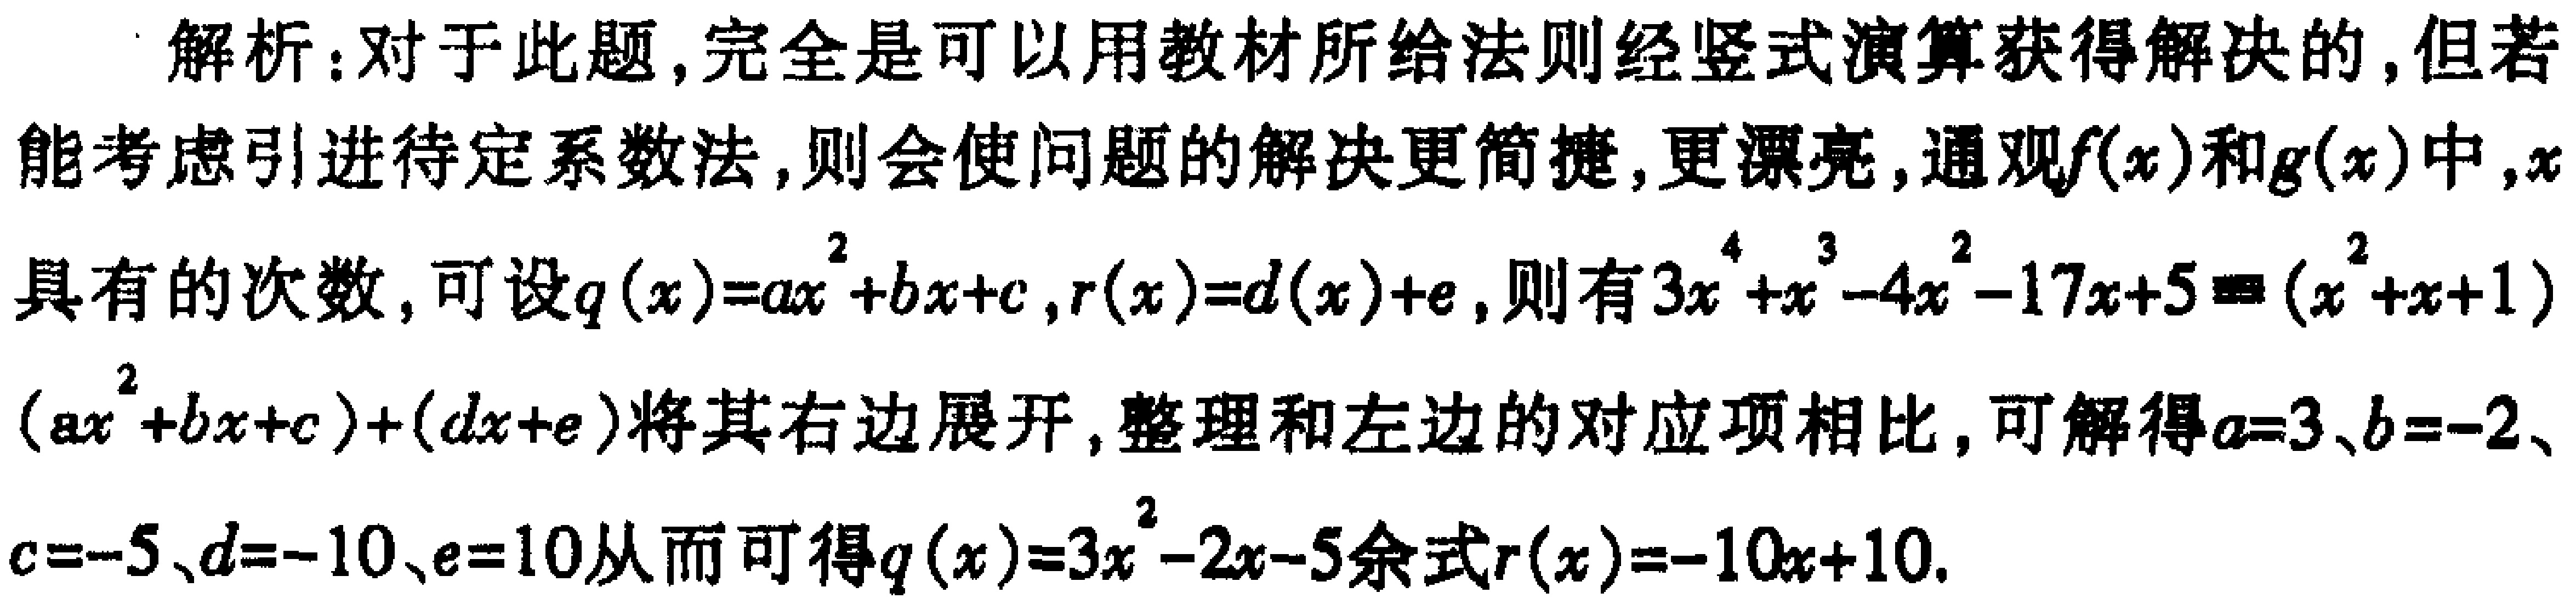
解析：对于此题，完全是可以用教材所给法则经竖式演算获得解决的，但若能考虑引进待定系数法，则会使问题的解决更简捷，更漂亮，通观\(f(x)\)和\(g(x)\)中，\(x\)具有的次数，可设\(q(x)=ax^{2}+bx + c\)，\(r(x)=d(x)+e\)，则有\(3x^{4}+x^{3}-4x^{2}-17x + 5=(x^{2}+x + 1)(ax^{2}+bx + c)+(dx + e)\)将其右边展开，整理和左边的对应项相比，可解得\(a = 3\)、\(b=-2\)、\(c=-5\)、\(d=-10\)、\(e = 10\)从而可得\(q(x)=3x^{2}-2x-5\)余式\(r(x)=-10x + 10\).